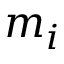
m _ { i }